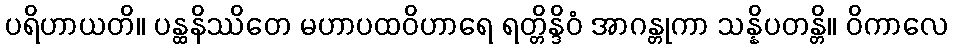
ပရိဟာယတိ။ ပန္ထနိဿိတေ မဟာပထဝိဟာရေ ရတ္တိန္ဒိဝံ အာဂန္တုကာ သန္နိပတန္တိ။ ဝိကာလေ